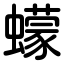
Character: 蠓